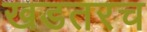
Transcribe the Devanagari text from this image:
खडतरच